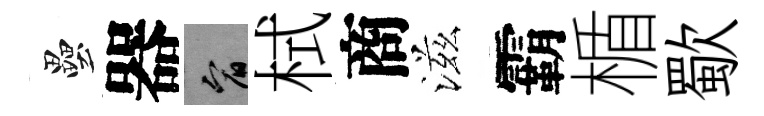
壘器宥栻商滋霸楯歜